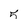
Character: 5